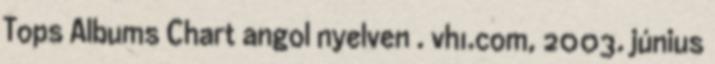
Tops Albums Chart angol nyelven . vh1.com, 2003. június